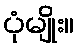
ပုံမျိုး။